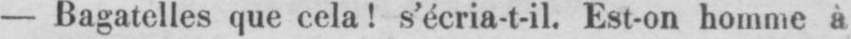
- Bagatelles que cela! s’écria-t-il. Est-on homme à